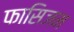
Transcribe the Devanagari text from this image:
फासिजम